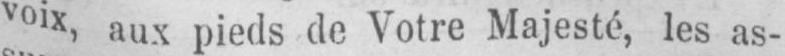
voix, aux pieds de Votre Majesté, les as-